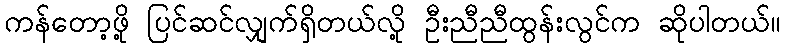
ကန်တော့ဖို့ ပြင်ဆင်လျှက်ရှိတယ်လို့ ဦးညီညီထွန်းလွင်က ဆိုပါတယ်။